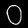
Digit: 0